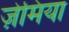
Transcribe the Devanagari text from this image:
ज़ेमिया